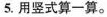
5.用竖式算一算。